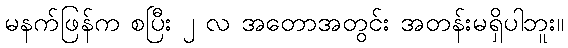
မနက်ဖြန်က စပြီး ၂ လ အတောအတွင်း အတန်းမရှိပါဘူး။